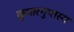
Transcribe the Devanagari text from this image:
कुमारगुप्तस्य